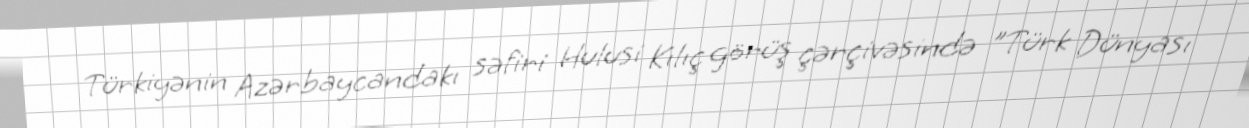
Türkiyənin Azərbaycandakı səfiri Hulusi Kılıç görüş çərçivəsində "Türk Dünyası